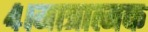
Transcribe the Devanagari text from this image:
४।मात्रात्मक